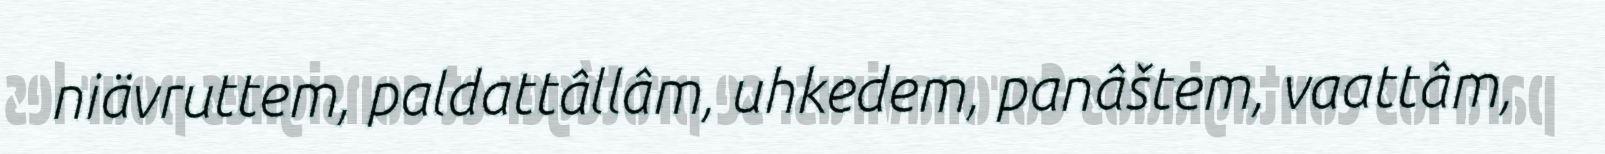
niävruttem, paldattâllâm, uhkedem, panâštem, vaattâm,